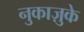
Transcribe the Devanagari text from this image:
नुकाज़ुके